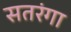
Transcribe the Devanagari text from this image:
सतरंगा